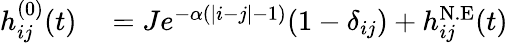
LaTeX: \begin{array}{rl}{h_{ij}^{(0)}(t)}&{{}=Je^{-\alpha(|i-j|-1)}(1-\delta_{ij})+h_{ij}^{\mathrm{N.E}}(t)}\end{array}